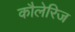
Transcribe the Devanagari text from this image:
कौलेरिज